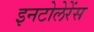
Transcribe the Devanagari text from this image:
इनटोलेरेंस